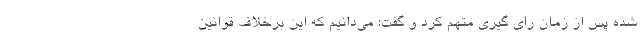
شده پس از زمان رای گیری متهم کرد و گفت: می‌دانیم که این برخلاف قوانین